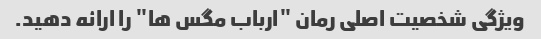
ویژگی شخصیت اصلی رمان "ارباب مگس ها" را ارائه دهید.